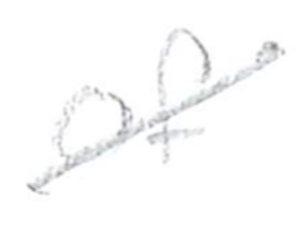
Text: of
Cross-out: diagonal
Writing tool: pencil